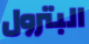
البترول